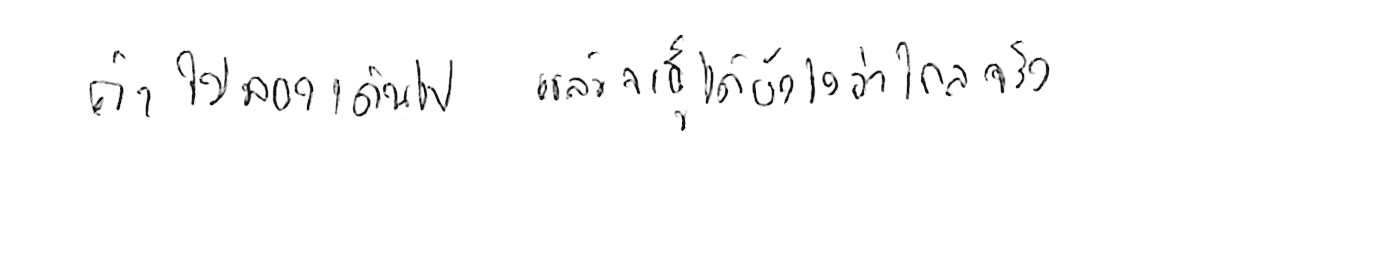
ถ้าไม่ลองเดินไป แล้วจะรู้ได้ยังไงว่าไกลจริง